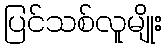
ပြင်သစ်လူမျိုး